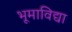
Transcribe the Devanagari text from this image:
भूमाविद्या